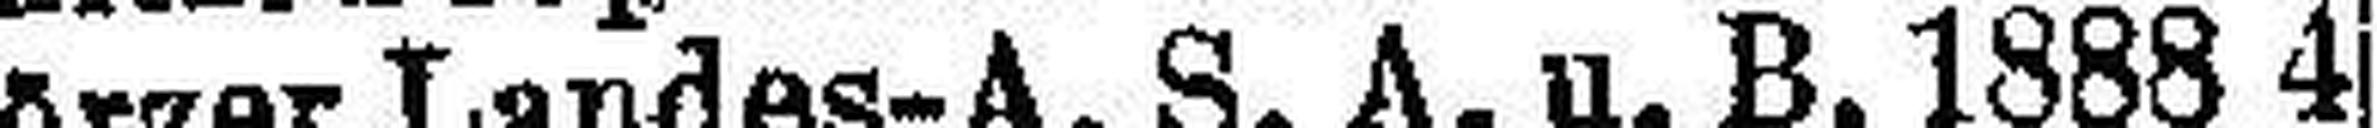
Görzer Landes-A. S. A. u. B. 1888 4